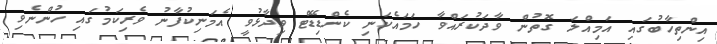
އިންތިހާބުގައި އަމިއްލަ ގޮތުން ވާދަކުރައްވާ ހަމައެކަނި ކެންޑިޑޭޓް ވިދާޅުވީ އެމަނިކުފާނު ވެރިކަމުގައި ހުންނެވި